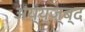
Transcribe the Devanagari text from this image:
अय्य्ज्ब्द